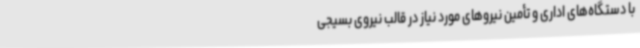
با دستگاه‌های اداری و تأمین نیروهای مورد نیاز در قالب نیروی بسیجی